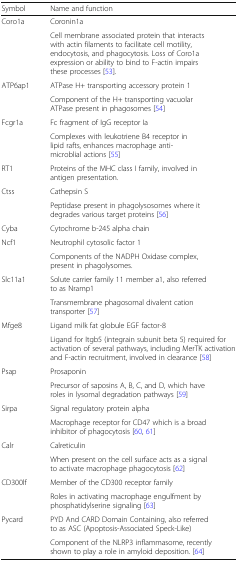
<table><thead><tr><td><b>Symbol</b></td><td><b>Name and function</b></td></tr></thead><tbody><tr><td rowspan="2">Coro1a</td><td>Coronin1a</td></tr><tr><td>Cell membrane associated protein that interacts with actin filaments to facilitate cell motility, endocytosis, and phagocytosis. Loss of Coro1a expression or ability to bind to F-actin impairs these processes [53].</td></tr><tr><td rowspan="2">ATP6ap1</td><td>ATPase H+ transporting accessory protein 1</td></tr><tr><td>Component of the H+ transporting vacuolar ATPase present in phagosomes [54]</td></tr><tr><td rowspan="2">Fcgr1a</td><td>Fc fragment of IgG receptor Ia</td></tr><tr><td>Complexes with leukotriene B4 receptor in lipid rafts, enhances macrophage anti-microblial actions [55]</td></tr><tr><td>RT1</td><td>Proteins of the MHC class I family, involved in antigen presentation.</td></tr><tr><td rowspan="2">Ctss</td><td>Cathepsin S</td></tr><tr><td>Peptidase present in phagolysosomes where it degrades various target proteins [56]</td></tr><tr><td>Cyba</td><td>Cytochrome b-245 alpha chain</td></tr><tr><td rowspan="2">Ncf1</td><td>Neutrophil cytosolic factor 1</td></tr><tr><td>Components of the NADPH Oxidase complex, present in phagolysomes.</td></tr><tr><td rowspan="2">Slc11a1</td><td>Solute carrier family 11 member a1, also referred to as Nramp1</td></tr><tr><td>Transmembrane phagosomal divalent cation transporter [57]</td></tr><tr><td rowspan="2">Mfge8</td><td>Ligand milk fat globule EGF factor-8</td></tr><tr><td>Ligand for Itgb5 (integrain subunit beta 5) required for activation of several pathways, including MerTK activation and F-actin recruitment, involved in clearance [58]</td></tr><tr><td rowspan="2">Psap</td><td>Prosaponin</td></tr><tr><td>Precursor of saposins A, B, C, and D, which have roles in lysomal degradation pathways [59]</td></tr><tr><td rowspan="2">Sirpa</td><td>Signal regulatory protein alpha</td></tr><tr><td>Macrophage receptor for CD47 which is a broad inhibitor of phagocytosis [60, 61]</td></tr><tr><td rowspan="2">Calr</td><td>Calreticulin</td></tr><tr><td>When present on the cell surface acts as a signal to activate macrophage phagocytosis [62]</td></tr><tr><td rowspan="2">CD300lf</td><td>Member of the CD300 receptor family</td></tr><tr><td>Roles in activating macrophage engulfment by phosphatidylserine signaling [63]</td></tr><tr><td rowspan="2">Pycard</td><td>PYD And CARD Domain Containing, also referred to as ASC (Apoptosis-Associated Speck-Like)</td></tr><tr><td>Component of the NLRP3 inflammasome, recently shown to play a role in amyloid deposition. [64]</td></tr></tbody></table>